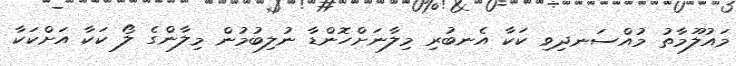
މައުލޫމާތު މުއްސަނދިވި ކަކާ އެނބުރި މިލާނަށްހޮންޑާ ނުލިބުމުން މިލާންގެ ލޯ ކަކާ އަށްކަކާ